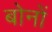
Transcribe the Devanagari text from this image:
बोनों